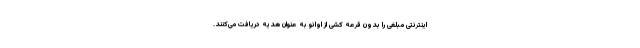
اینترنتی مبلغی را بدون قرعه کشی از اوانو به عنوان هدیه دریافت می‌کنند.